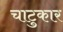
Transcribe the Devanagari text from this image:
चाटुकार